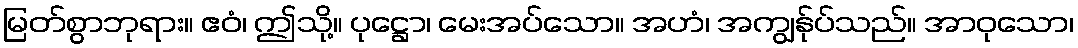
မြတ်စွာဘုရား။ ဧဝံ၊ ဤသို့။ ပုဋ္ဌော၊ မေးအပ်သော။ အဟံ၊ အကျွန်ုပ်သည်။ အာဝုသော၊